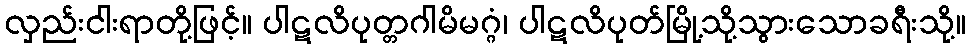
လှည်းငါးရာတို့ဖြင့်။ ပါဋလိပုတ္တဂါမိမဂ္ဂံ၊ ပါဋလိပုတ်မြို့သို့သွားသောခရီးသို့။